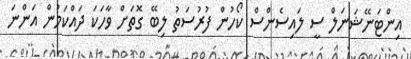
އިންޓަނޭޝަނަލް ސީ ލައިސެންސް ކޯހުން ފުރުސަތު ލިބޭ ގޮތަށް ވާހަކަ ދައްކަމުން އަންނަ